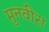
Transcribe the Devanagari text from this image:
मुनवीरा